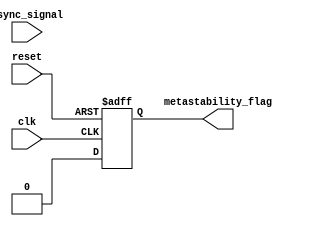
module metastability_detector (
    input wire clk,              // Clock signal
    input wire reset,            // Reset signal
    input wire async_signal,     // Asynchronous input signal
    output reg metastability_flag // Output signal indicating metastability
);

    reg [1:0] ff; // 2 D flip-flops to sample the async signal
    reg [3:0] stable_counter; // Counter to check stability duration
    parameter STABLE_THRESHOLD = 4'd3; // Threshold to determine metastability

    // D Flip-Flop 1
    always @(posedge clk or posedge reset) begin
        if (reset) begin
            ff[0] <= 1'b0; // Initialize DFF1 to 0 on reset
        end else begin
            ff[0] <= async_signal; // Sample async signal
        end
    end

    // D Flip-Flop 2
    always @(posedge clk or posedge reset) begin
        if (reset) begin
            ff[1] <= 1'b0; // Initialize DFF2 to 0 on reset
        end else begin
            ff[1] <= ff[0]; // Sample output of DFF1
        end
    end

    // Metastability detection logic
    always @(posedge clk or posedge reset) begin
        if (reset) begin
            metastability_flag <= 1'b0; // Clear metastability flag on reset
            stable_counter <= 4'd0; // Reset stability counter
        end else begin
            // Check if the output of the first flip-flop is stable
            if (ff[0] == 1'b1 || ff[0] == 1'b0) begin
                stable_counter <= 4'd0; // Reset the counter if stable
                metastability_flag <= 1'b0; // Clear metastability flag
            end else begin
                stable_counter <= stable_counter + 1; // Increment counter
                if (stable_counter >= STABLE_THRESHOLD) begin
                    metastability_flag <= 1'b1; // Assert metastability flag
                end
            end
        end
    end

endmodule